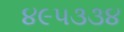
૪૯૫૩૩૪